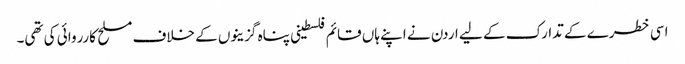
اسی خطرے کے تدارک کے لیے اردن نے اپنے ہاں قائم فلسطینی پناہ گزینوں کے خلاف مسلح کارروائی کی تھی۔